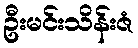
ဦးမင်းသိန်းဇံ